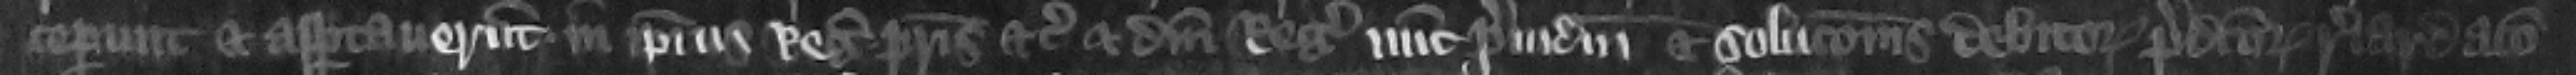
ceperunt et asportauerunt in ipsius regis patris etc. et domini regis nunc preiudicium et solucionis debitorum predictorum retardacio